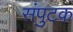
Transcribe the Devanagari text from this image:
संपुटक